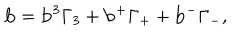
{ \bf b } = { \bf b } ^ { 3 } \Gamma _ { 3 } + { \bf b } ^ { + } \Gamma _ { + } + { \bf b } ^ { - } \Gamma _ { - } ,